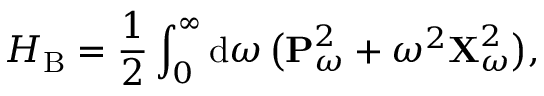
H _ { \mathrm { B } } = \frac { 1 } { 2 } \int _ { 0 } ^ { \infty } \mathrm { d } \omega \, \big ( \mathbf { P } _ { \omega } ^ { 2 } + \omega ^ { 2 } \mathbf { X } _ { \omega } ^ { 2 } \big ) ,